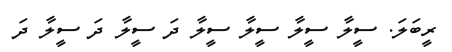
ރީބަލަ. ސީލާ ސީލާ ސީލާ ސީލާ ދަ ސީލާ ދަ ސީލާ ދަ